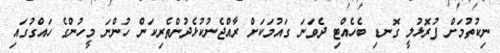
ނިކުތުމަށް ފުރޮޅުލީ ގޮނޑި ބެހެއްޓި ދެވަނަ ގައުމަކަށް ރާއްޖެނުކުޅެދުންތެރިކަން ހުންނަ މީހުންގެ ހައްގުގައި